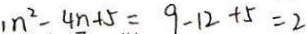
n ^ { 2 } - 4 n + 5 = 9 - 1 2 + 5 = 2